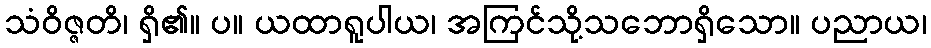
သံဝိဇ္ဇတိ၊ ရှိ၏။ ပ။ ယထာရူပါယ၊ အကြင်သို့သဘောရှိသော။ ပညာယ၊